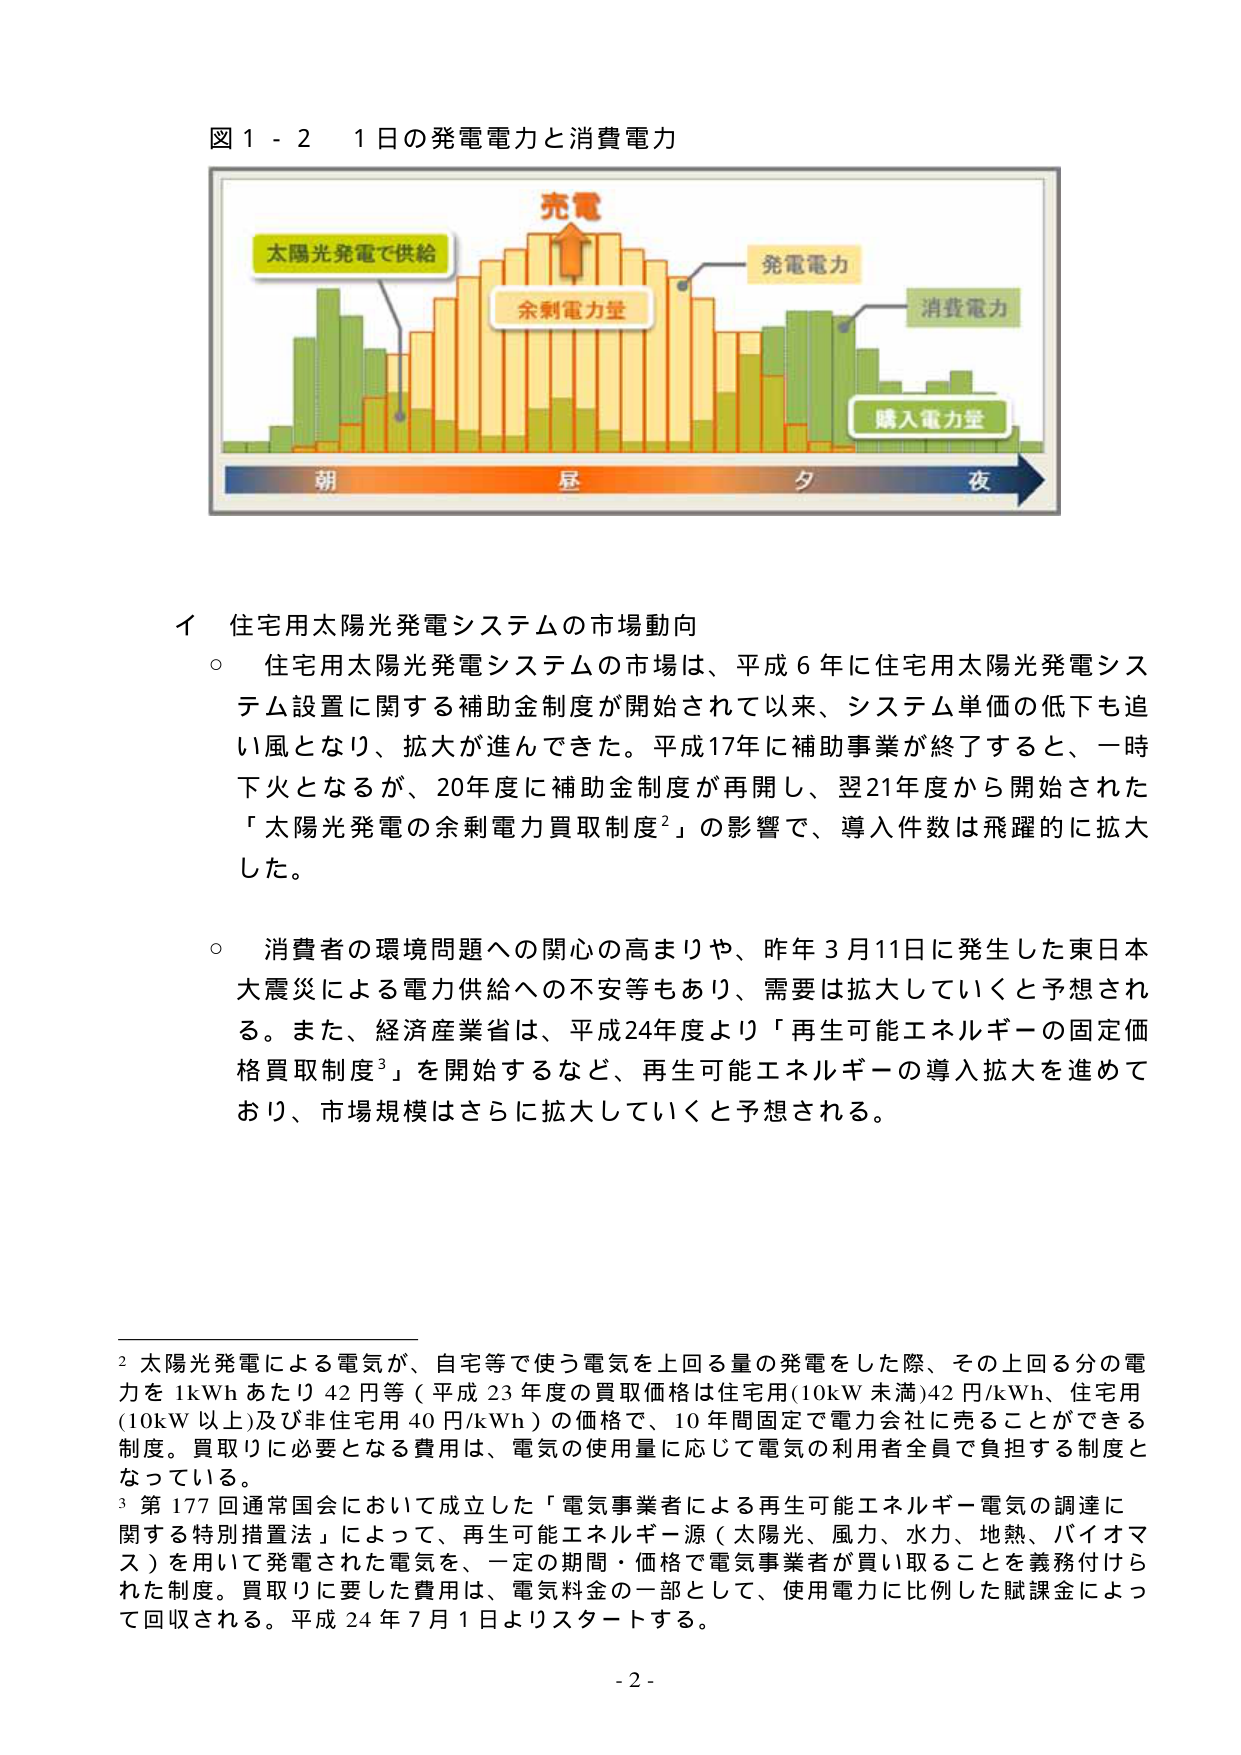
図１－２　１日の発電電力と消費電力

充電
太陽光発電で供給
発電電力
余剰電力量
消費電力
購入電力量
朝　昼　夕　夜

イ　住宅用太陽光発電システムの市場動向
○　住宅用太陽光発電システムの市場は、平成６年に住宅用太陽光発電システム設置に関する補助金制度が開始されて以来、システム単価の低下も追い風となり、拡大が進んできた。平成17年に補助事業が終了すると、一時下火となるが、20年度に補助金制度が再開し、翌21年度から開始された「太陽光発電の余剰電力買取制度²」の影響で、導入件数は飛躍的に拡大した。
○　消費者の環境問題への関心の高まりや、昨年３月11日に発生した東日本大震災による電力供給への不安等もあり、需要は拡大していくと予想される。また、経済産業省は、平成24年度より「再生可能エネルギーの固定価格買取制度³」を開始するなど、再生可能エネルギーの導入拡大を進めており、市場規模はさらに拡大していくと予想される。

² 太陽光発電による電気が、自宅等で使う電気を上回る量の発電をした際、その上回る分の電力を1kWhあたり42円等（平成23年度の買取価格は住宅用(10kW未満)42円/kWh、住宅用(10kW以上)及び非住宅用40円/kWh）の価格で、10年間固定で電力会社に売ることができる制度。買取りに必要となる費用は、電気の使用量に応じて電気の利用者全員で負担する制度となっている。
³ 第177回通常国会において成立した「電気事業者による再生可能エネルギー電気の調達に関する特別措置法」によって、再生可能エネルギー源（太陽光、風力、水力、地熱、バイオマス）を用いて発電された電気を、一定の期間・価格で電気事業者が買い取ることを義務付けられた制度。買取りに要した費用は、電気料金の一部として、使用電力に比例した賦課金によって回収される。平成24年7月1日よりスタートする。

- 2 -